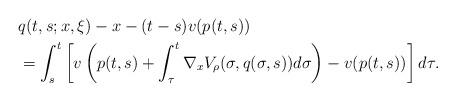
LaTeX: \begin{align*}&q(t,s;x,\xi)-x-(t-s)v(p(t,s)) \\&=\int_s^t \left[v\left(p(t,s)+\int_\tau^t \nabla_x V_\rho(\sigma,q(\sigma,s))d\sigma\right)-v(p(t,s))\right] d\tau .\end{align*}